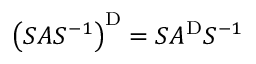
\left( S A S ^ { - 1 } \right) ^ { \mathrm { D } } = S A ^ { \mathrm { D } } S ^ { - 1 }